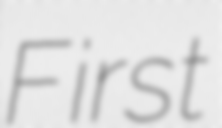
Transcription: First